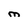
Character: M